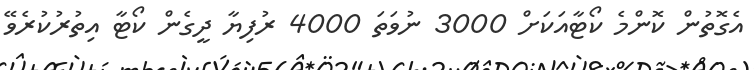
އެގޮތުން ކޮންމެ ކޯޓާއަކަށް 3000 ނުވަތަ 4000 ރުފިޔާ ދީގެން ކޯޓާ އިތުރުކުރެވޭ